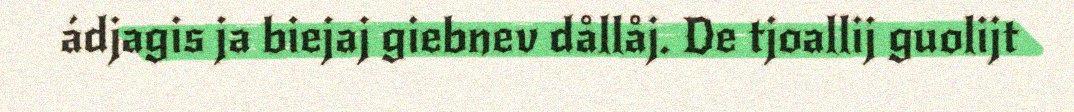
ádjagis ja biejaj giebnev dållåj. De tjoallij guolijt